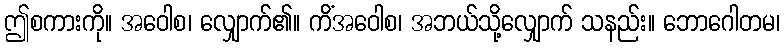
ဤစကားကို။ အဝေါစ၊ လျှောက်၏။ ကိံအဝေါစ၊ အဘယ်သို့လျှောက် သနည်း။ ဘောဂေါတမ၊